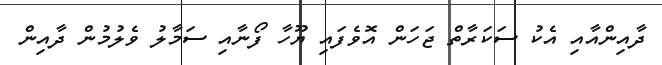
ދާއިންއާއި އެކު ސަކަރާތް ޖަހަން އޮވެފައި ޔޫހާ ފޯނާއި ސަމާލު ވެލުމުން ދާއިން